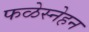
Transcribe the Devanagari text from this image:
फळेस्नेहन